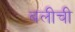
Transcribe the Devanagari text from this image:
बलीची